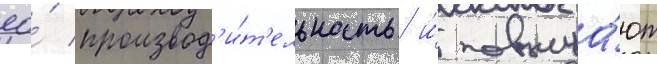
ео́ производ'и́т'ельность и́ повыша́ют